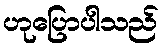
ဟုပြောပါသည်